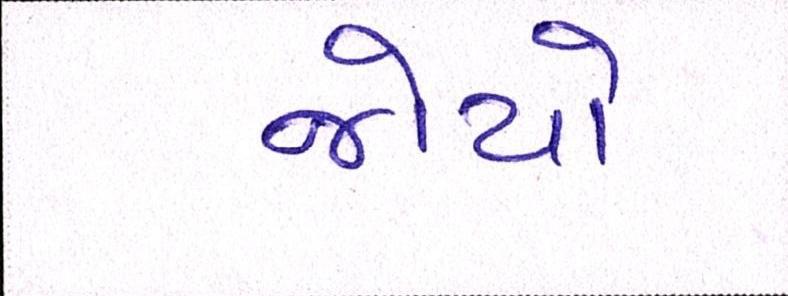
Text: જોયો